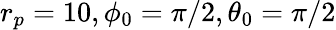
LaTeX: r_{p}=10,\phi_{0}=\pi/2,\theta_{0}=\pi/2